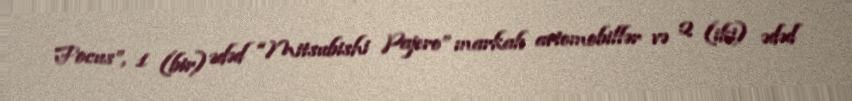
Focus”, 1 (bir) ədəd “Mitsubishi Pajero” markalı avtomobillər və 2 (iki) ədəd